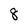
Character: 8